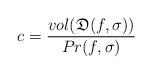
LaTeX: \begin{align*}c=\frac{{vol}({\mathfrak{D}}(f,\sigma))}{Pr(f,\sigma)}\end{align*}